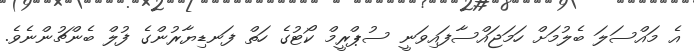
އެ މައްސަލަ ބެލުމަށް ހަމަޖައްސާފައިވަނީ ސުޕްރީމް ކޯޓުގެ ހަތް ފަނޑިޔާރުންގެ ފުލް ބެންޗުންނެވެ.